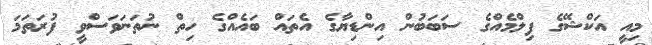
މިއީ އަކްޝޭގެ ފިލްމެއްގެ ސަބަބުން އިންޑިޔާގެ އެތައް ބައެއްގެ ހިތް ނުތަނަވަސްވީ ފުރަތަމަ